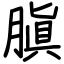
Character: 䐜